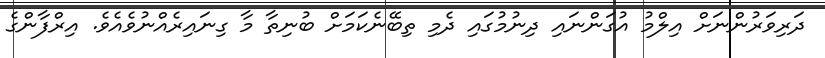
ދަރިވަރުންނަށް އިލްމު އުގަންނައި ދިނުމުގައި ދެމި ތިބޭނެކަމަށް ބުނިތާ މާ ގިނައިރެއްނުވެއެވެ. އިރްފާންގެ